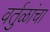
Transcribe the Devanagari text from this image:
वर्तुळांचा